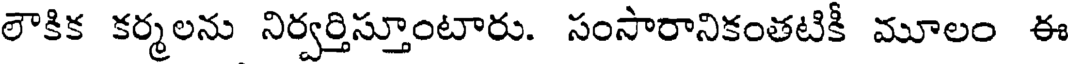
లౌకిక కర్మలను నిర్వర్తిస్తూంటారు. సంసారానికంతటికీ మూలం ఈ